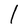
Character: l